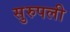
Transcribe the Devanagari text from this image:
सुरुपली